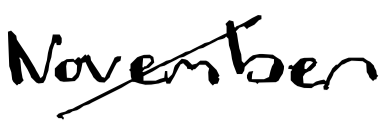
Text: November
Cross-out: mix
Writing tool: digital_black